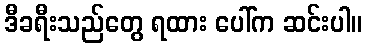
ဒီခရီးသည်တွေ ရထား ပေါ်က ဆင်းပါ။